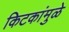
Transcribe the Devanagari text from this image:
किटकांमुळे